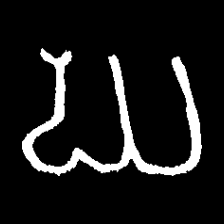
Pyu character \u2014 Myanmar letter: ဃ (romanized: gha)